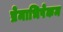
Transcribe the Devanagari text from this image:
प्रेमाभिषेकम